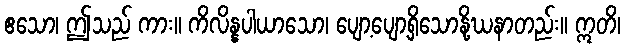
ဧသော၊ ဤသည် ကား။ ကိလိန္နပါယာသော၊ ပျော့ပျော့ရှိသောနို့ဃနာတည်း။ ဣတိ၊